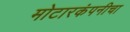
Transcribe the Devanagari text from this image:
मोटारकंपनीचा